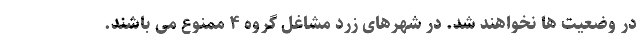
در وضعیت ها نخواهند شد. در شهرهای زرد مشاغل گروه ۴ ممنوع می باشند.